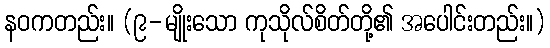
နဝကတည်း။ (၉-မျိုးသော ကုသိုလ်စိတ်တို့၏ အပေါင်းတည်း။)